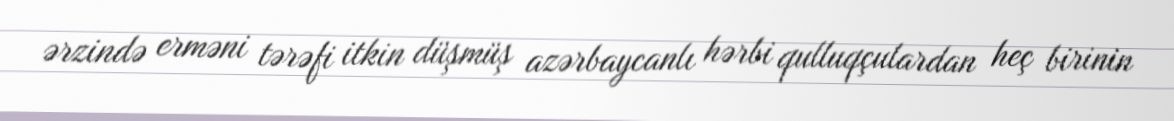
ərzində erməni tərəfi itkin düşmüş azərbaycanlı hərbi qulluqçulardan heç birinin